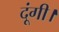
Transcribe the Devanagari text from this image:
दूंगी।